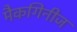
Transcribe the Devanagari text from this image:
मैकगिनीज